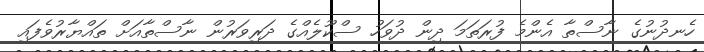
ހެނދުނުގެ ނާސްތާ އެންމެ ފުރަތަމަ ދިން ދުވަހު ސްކޫލެއްގެ ދަރިވަރުން ނާސްތާއަށް ތައްޔާރުވެފައި